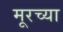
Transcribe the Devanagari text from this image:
मूरच्या